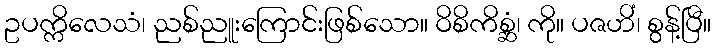
ဥပက္ကိလေသံ၊ ညစ်ညူးကြောင်းဖြစ်သော။ ဝိစိကိစ္ဆံ၊ ကို။ ပဇဟိံ၊ စွန့်ပြီ။